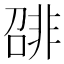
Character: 𬰛